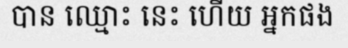
បាន ឈ្មោះ នេះ ហើយ អ្នកផង